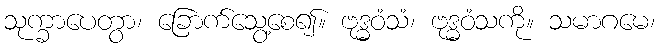
သုက္ခာပေတွာ၊ ခြောက်သွေ့စေ၍။ ဗုဒ္ဓဝံသံ၊ ဗုဒ္ဓဝံသကို။ သမာဂမေ၊